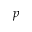
p